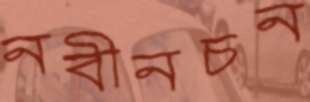
নবীনচন